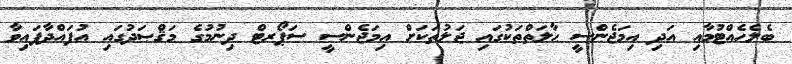
ބެލެހެއްޓުމާއި އަދި އިމަޖެންސީ ޙާލަތްތަކުގައި ޖަލުތަކަށް އިމަޖެންސީ ސަޕޯރޓް ދިނުމުގެ މަޤްޞަދުގައި އުފައްދާފައިވާ